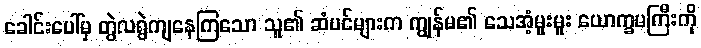
ခေါင်းပေါ်မှ တွဲလရွဲကျနေကြသော သူ၏ ဆံပင်များက ကျွန်မ၏ သေအံ့မူးမူး ယောက္ခမကြီးကို